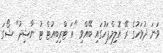
ވަނަ ދުވަހުގެ ރޭ އޮލިމްޕަހުގައި ބޭއްވި "އަ ޓްރިބިއުޓް ޓު ނާޝިދު" ޝޯގަ